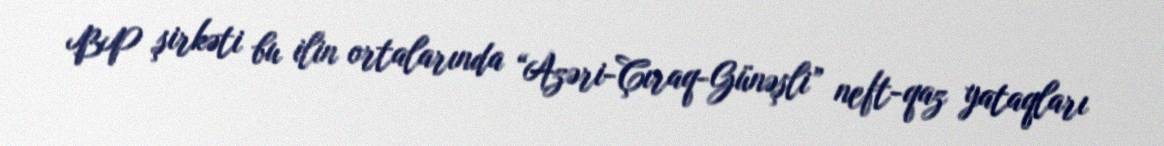
BP şirkəti bu ilin ortalarında “Azəri-Çıraq-Günəşli” neft-qaz yataqları